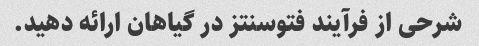
شرحی از فرآیند فتوسنتز در گیاهان ارائه دهید.